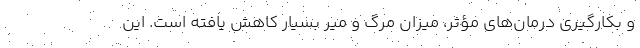
و بکارگیری درمان‌های مؤثر، میزان مرگ و میر بسیار کاهش یافته است. این